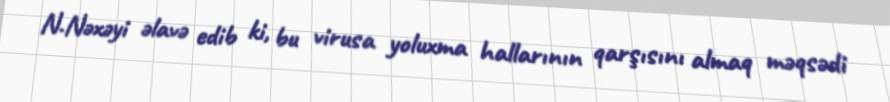
N.Nəxəyi əlavə edib ki, bu virusa yoluxma hallarının qarşısını almaq məqsədi